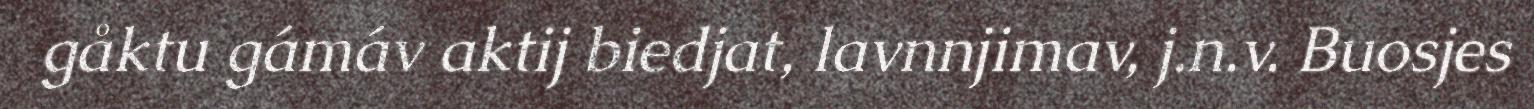
gåktu gámáv aktij biedjat, lavnnjimav, j.n.v. Buosjes